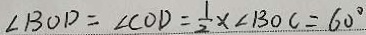
\angle B O D = \angle C O D = \frac { 1 } { 2 } x \angle B O C = 6 0 ^ { \circ }